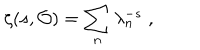
\zeta ( s , { \cal O } ) = \sum _ { n } \lambda _ { n } ^ { - s } \; ,